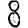
Digit: 8